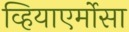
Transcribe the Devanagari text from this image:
व्हियाएर्मोसा